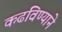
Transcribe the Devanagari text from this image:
कढविण्याने